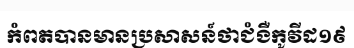
កំពតបានមានប្រសាសន៍ថាជំងឺកូវីដ១៩